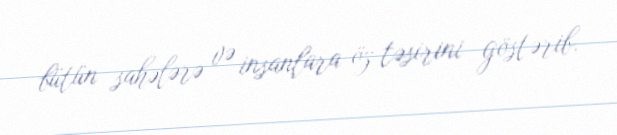
bütün sahələrə və insanlara öz təsirini göstərib.